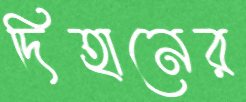
দিহানের